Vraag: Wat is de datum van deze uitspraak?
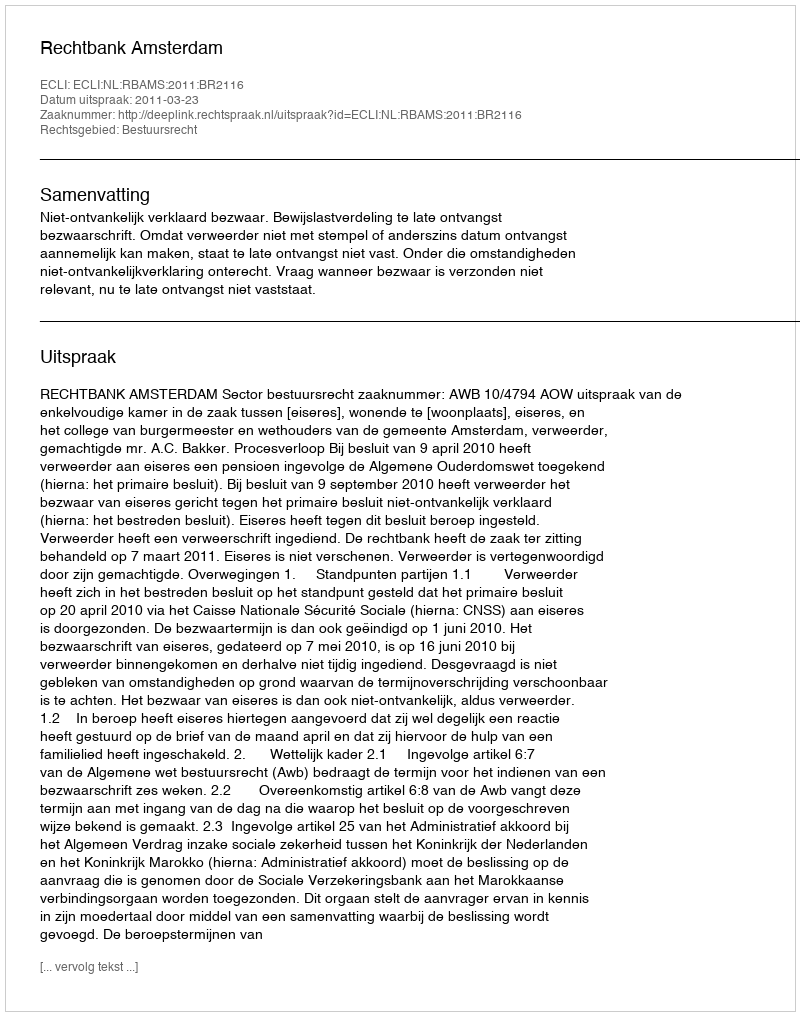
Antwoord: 2011-03-23